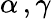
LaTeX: \alpha\, ,\gamma